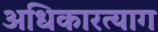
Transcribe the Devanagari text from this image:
अधिकारत्याग